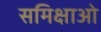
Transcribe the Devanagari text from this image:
समिक्षाओ